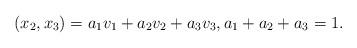
LaTeX: \begin{align*}(x_2, x_3) = a_1v_1 + a_2v_2 + a_3v_3, a_1+a_2+a_3=1.\end{align*}